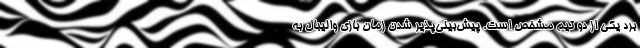
برد یکی از دو تیم مشخص است. پیش‌بینی‌پذیر شدن زمان بازی والیبال به